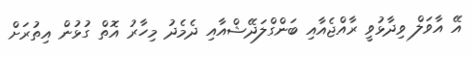
އޭ އާވަލް ވިދާޅުވީ ރާއްޖެއާއި ބަންގްލަދޭޝްއާއި ދެމެދު މިހާރު އޮތް ގުޅުން އިތުރަށް